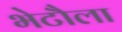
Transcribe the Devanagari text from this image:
भेटौला